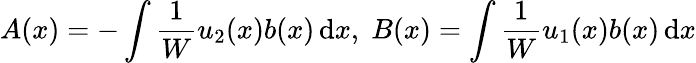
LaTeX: A(x)=-\int{\frac{1}{W}}u_{2}(x)b(x)\, \mathrm{d}x,\; B(x)=\int{\frac{1}{W}}u_{1}(x)b(x)\, \mathrm{d}x